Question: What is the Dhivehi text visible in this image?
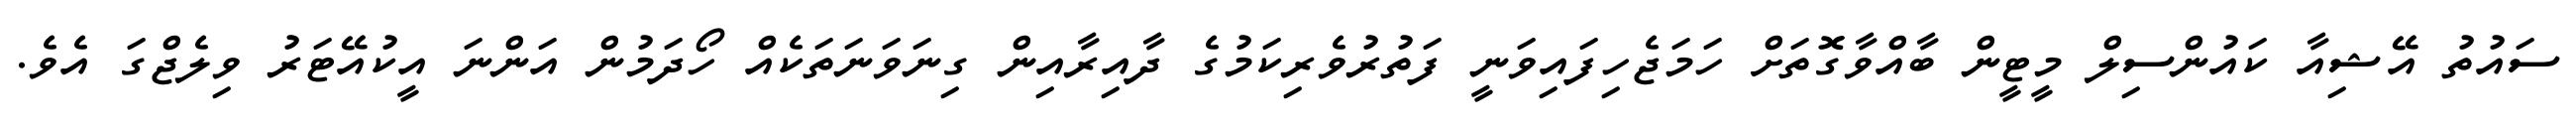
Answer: ސައުތު އޭޝިއާ ކައުންސިލް މީޓީން ބާއްވާގޮތަށް ހަމަޖެހިފައިވަނީ ފަތުރުވެރިކަމުގެ ދާއިރާއިން ގިނަވަނަތަކެއް ހޯދަމުން އަންނަ އީކުއޭޓަރު ވިލެޖްގަ އެވެ.